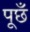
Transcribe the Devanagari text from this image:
पूछँ